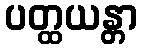
ပတ္ထယန္တာ